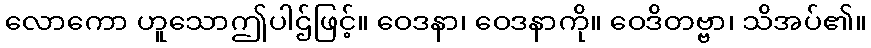
လောကော ဟူသောဤပါဌ်ဖြင့်။ ဝေဒနာ၊ ဝေဒနာကို။ ဝေဒိတဗ္ဗာ၊ သိအပ်၏။